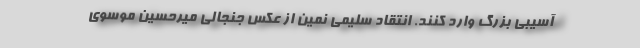
آسیبی بزرگ وارد کنند. انتقاد سلیمی نمین از عکس جنجالی میرحسین موسوی